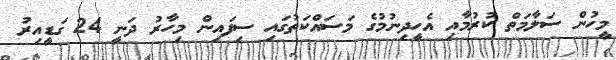
މީހުން ސަލާމަތް ކުރުމާއި އެހީދިނުމުގެ މަސައްކަތުގައި ސިފައިން މިހާރު ދަނީ 24 ގަޑީއިރު